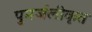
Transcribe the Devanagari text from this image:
पुनर्जलीकृत